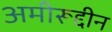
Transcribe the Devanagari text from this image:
अमीरूद्दीन